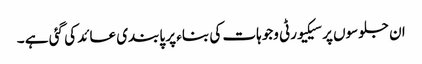
ان جلوسوں پر سیکیورٹی وجوہات کی بناء پر پابندی عائد کی گئی ہے ۔